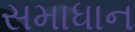
સમાધાન